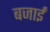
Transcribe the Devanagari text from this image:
बजाईं